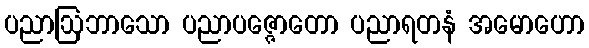
ပညာဩဘာသော ပညာပဇ္ဇောတော ပညာရတနံ အမောဟော